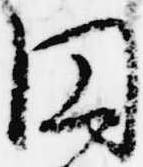
円